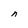
Character: n